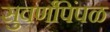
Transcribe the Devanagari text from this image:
सुवर्णपिंपळ